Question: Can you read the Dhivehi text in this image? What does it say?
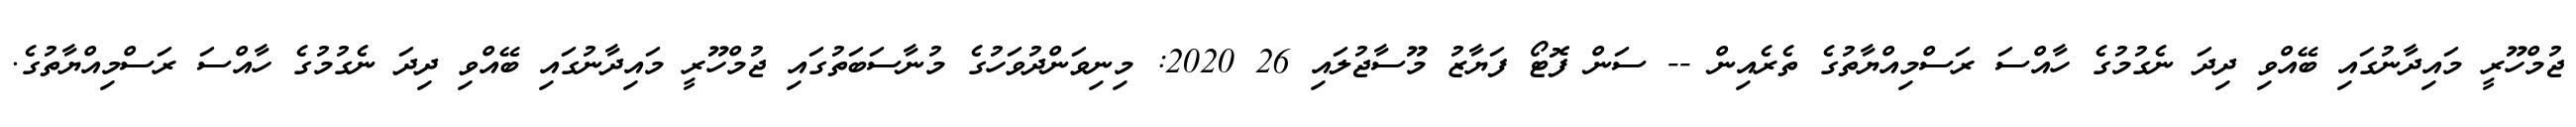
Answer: ޖުމްހޫރީ މައިދާނުގައި ބޭއްވި ދިދަ ނެގުމުގެ ހާއްސަ ރަސްމިއްޔާތުގެ ތެރެއިން -- ސަން ފޮޓޯ ފަޔާޒު މޫސާޖުލައި 26 2020: މިނިވަންދުވަހުގެ މުނާސަބަތުގައި ޖުމްހޫރީ މައިދާނުގައި ބޭއްވި ދިދަ ނެގުމުގެ ހާއްސަ ރަސްމިއްޔާތުގެ.